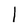
Character: 1